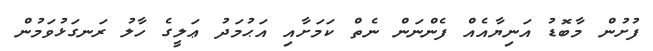
ފުށުން މާބޮޑު އަނިޔާއެއް ފެންނަން ނެތް ކަމަށާއި އަޙުމަދު ޢަލީގެ ހާލު ރަނގަޅުވަމުން